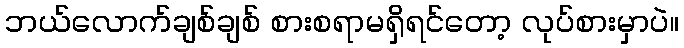
ဘယ်လောက်ချစ်ချစ် စားစရာမရှိရင်တော့ လုပ်စားမှာပဲ။